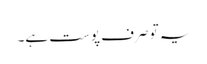
یہ تو صرف پوست ہے۔